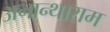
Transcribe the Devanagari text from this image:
अनान्थाराम